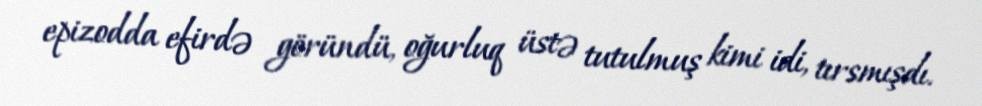
epizodda efirdə göründü, oğurluq üstə tutulmuş kimi idi, tırsmışdı.